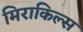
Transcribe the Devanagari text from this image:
मिराकिल्स